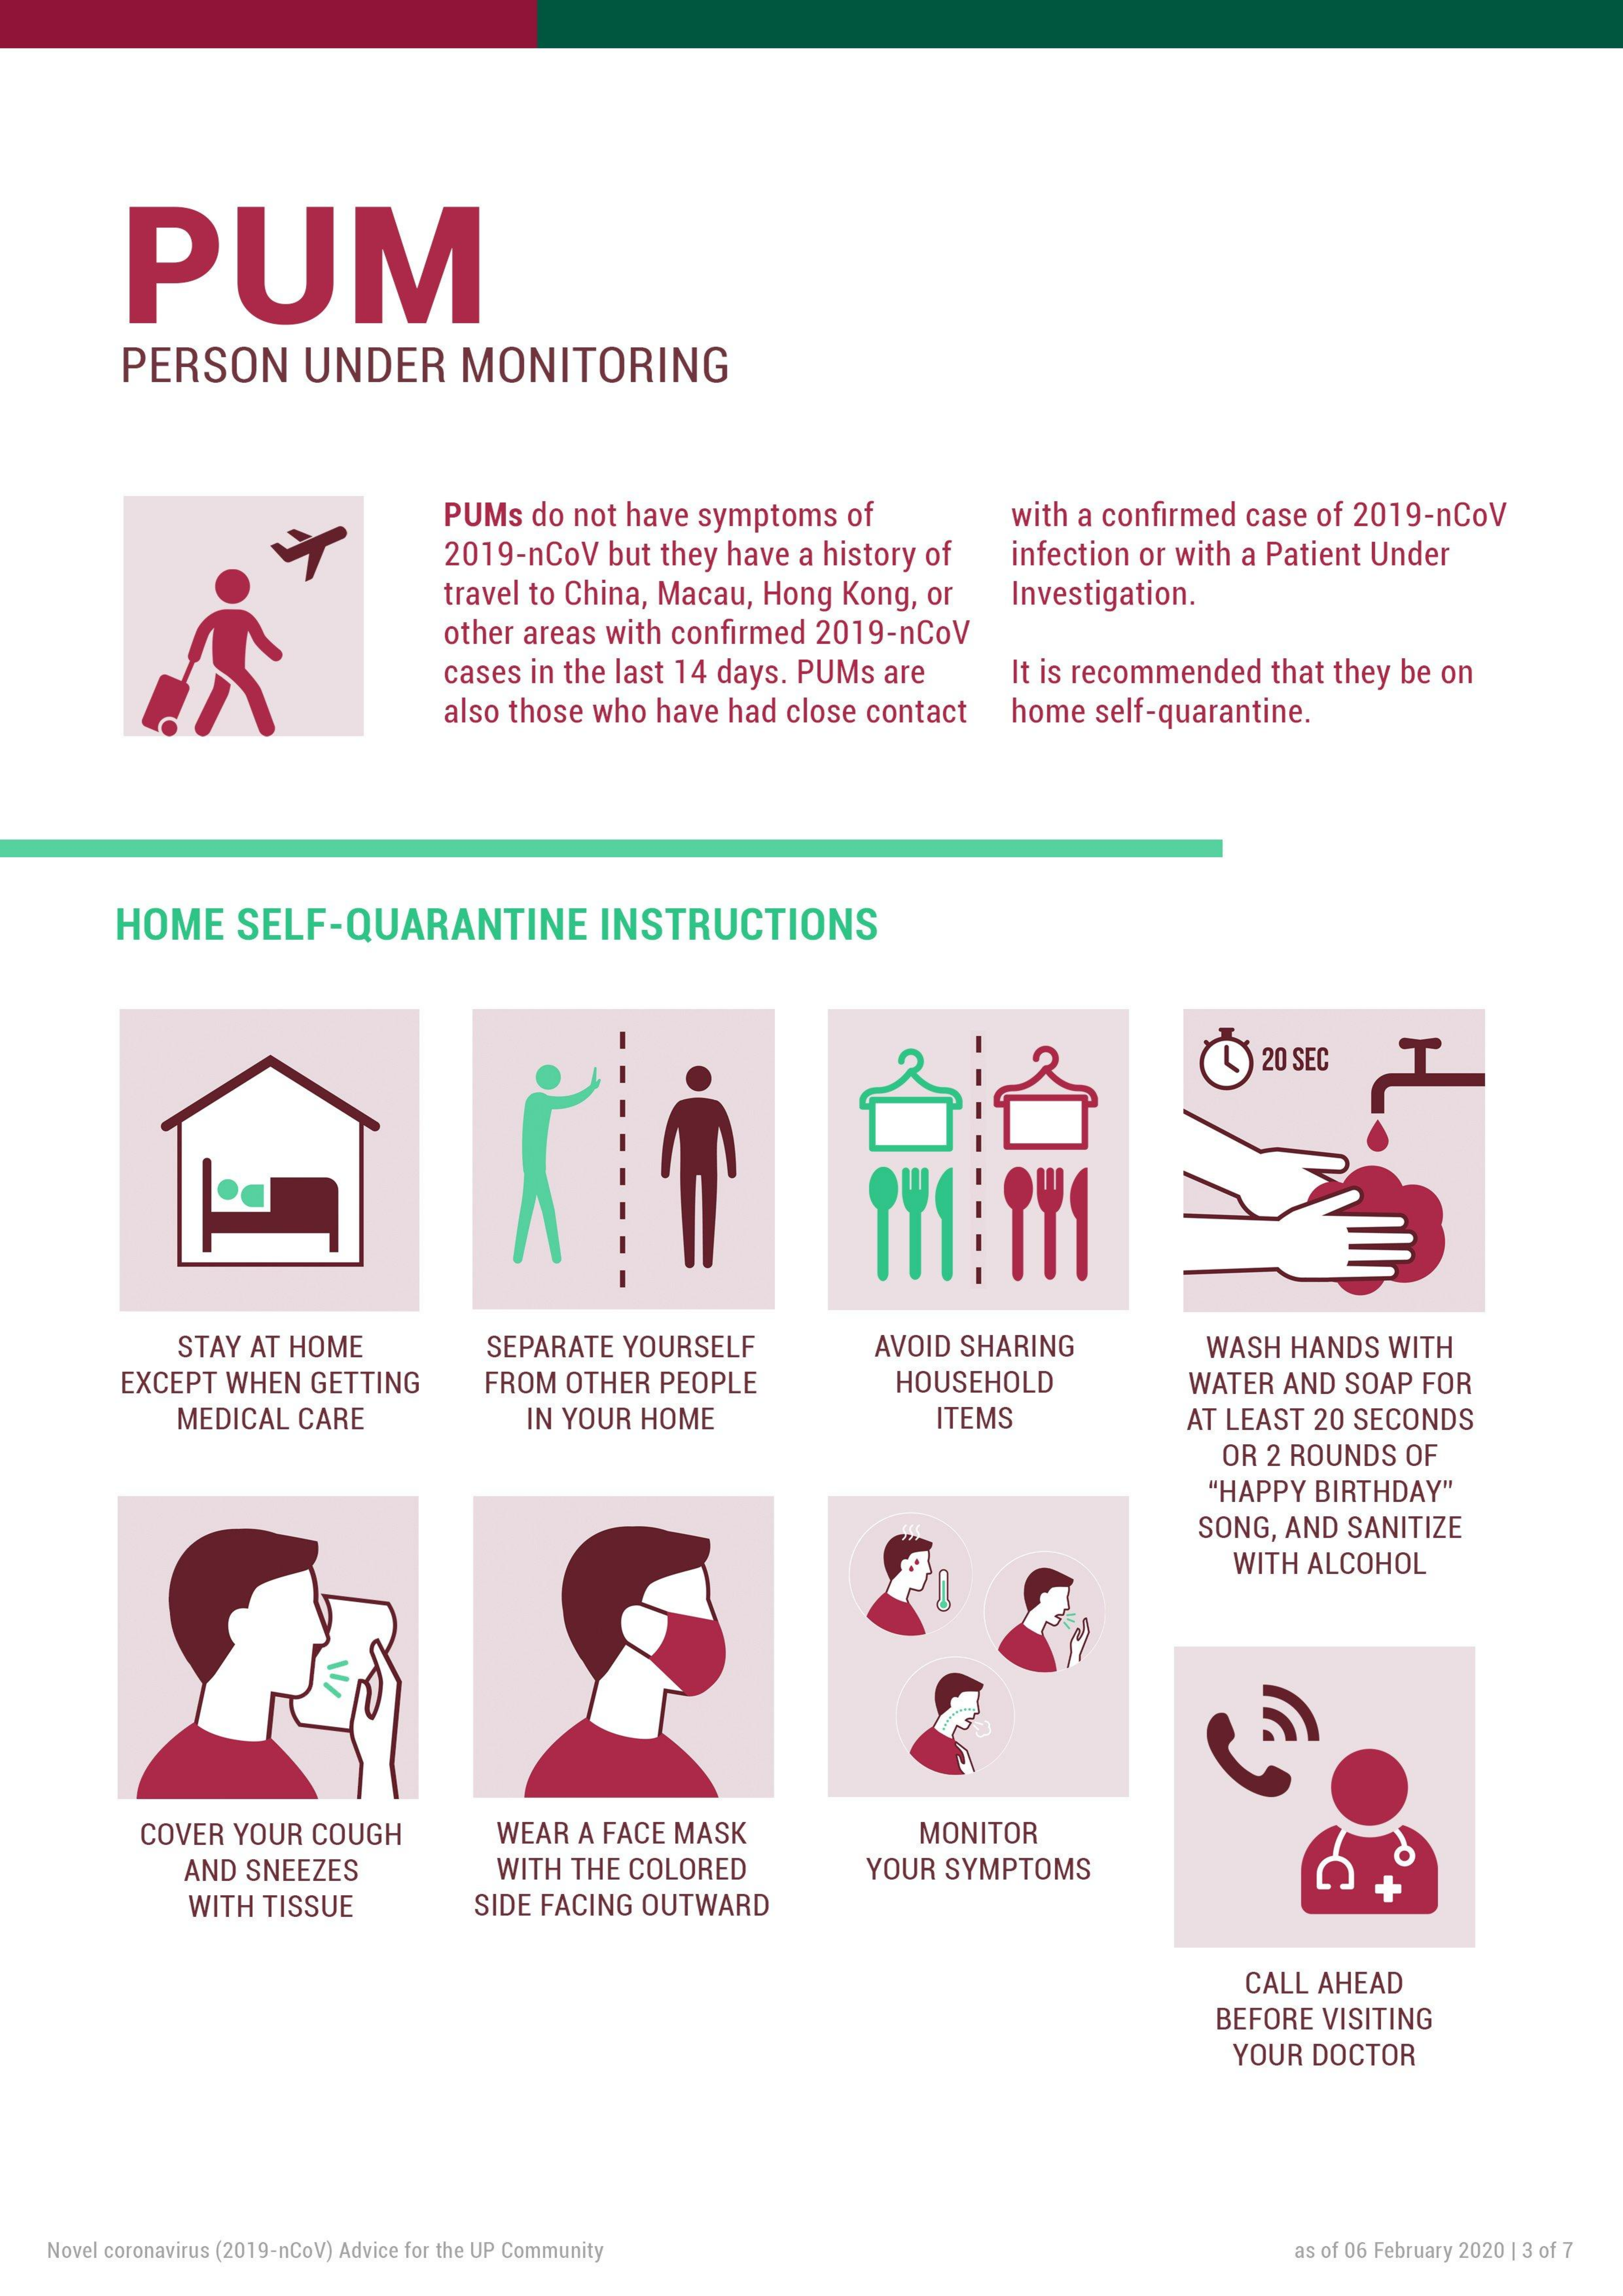
PUM
     PERSON  UNDER   MONITORING
     PUMs do not have symptoms of with a confirmed case of 2019-nCoV
     2019-nCoV but they have a history of infection or with a Patient Under
     travel to China, Macau, Hong Kong, or Investigation.
     other areas with confirmed 2019-nCoV
     cases in the last 14 days. PUMs are It is recommended that they be on
     also those who have had close contact home self-quarantine.
     HOME SELF-QUARANTINE   INSTRUCTIONS
     20 SEC T
     STAY AT HOME   SEPARATE YOURSELF AVOID SHARING   WASH HANDS WITH
     EXCEPT WHEN GETTING FROM OTHER PEOPLE HOUSEHOLD    WATER AND SOAP FOR
     MEDICAL CARE    IN YOUR HOME    ITEMS    AT LEAST 20 SECONDS
     OR 2 ROUNDS OF
     "HAPPY BIRTHDAY"
     SONG, AND SANITIZE
     WITH ALCOHOL
     COVER YOUR COUGH WEAR A FACE MASK    MONITOR
     AND SNEEZES    WITH THE COLORED  YOUR SYMPTOMS
     WITH TISSUE   SIDE FACING OUTWARD
     +
     CALL AHEAD
     BEFORE VISITING
     YOUR DOCTOR
   Novel coronavirus (2019-nCoV) Advice for the UP Community  as of 06 February 2020 | 3 of 7